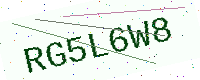
Text: RG5L6W8